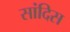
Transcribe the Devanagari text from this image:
सांदिस